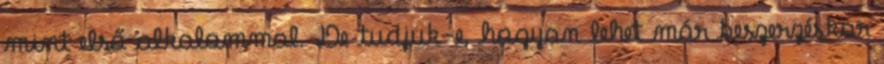
mint első alkalommal. De tudjuk-e, hogyan lehet már beszerzéskor